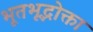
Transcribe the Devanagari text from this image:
भूतभृद्भोक्ता